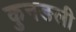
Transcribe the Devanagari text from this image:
कुनङली